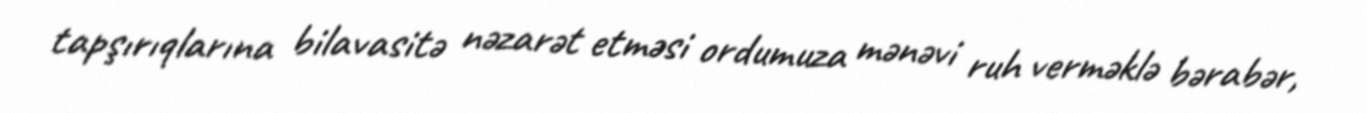
tapşırıqlarına bilavasitə nəzarət etməsi ordumuza mənəvi ruh verməklə bərabər,